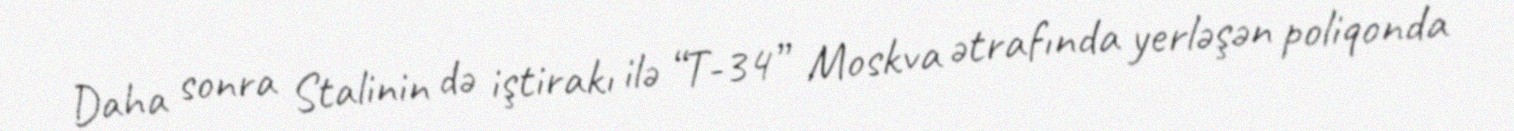
Daha sonra Stalinin də iştirakı ilə “T-34” Moskva ətrafında yerləşən poliqonda